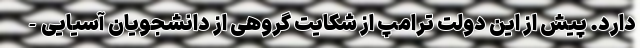
دارد.‌ پیش از این دولت ترامپ از شکایت گروهی از دانشجویان آسیایی-